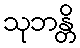
သုဘန္တိ